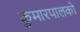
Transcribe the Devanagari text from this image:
कुमारपालको